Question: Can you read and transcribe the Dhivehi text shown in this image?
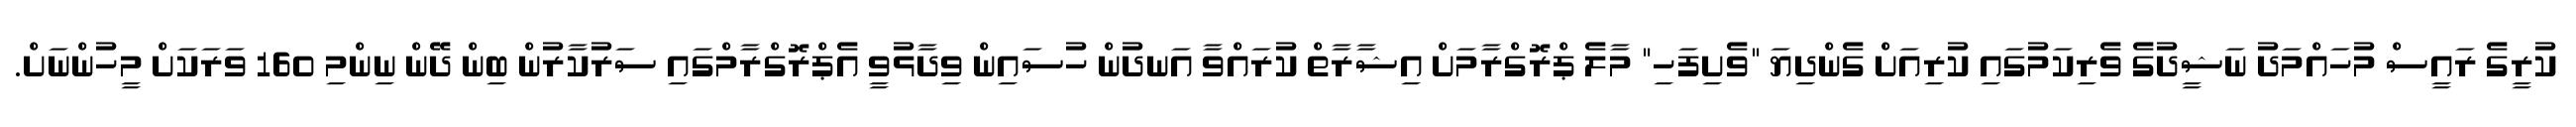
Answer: ކުރީގެ ރައީސް މުހައްމަދު ނަޝީދުގެ ވެރިކަމުގައި ކުރިއަށް ގެންދިޔަ "ވެށިފަހި" މާލެ ޕްރޮގްރާމަށް އިޝާރާތް ކުރައްވާ އަނދުން ހުސައިން ވިދާޅުވީ އެޕްރޮގްރާމްގައި ސަރުކާރުން ބިން ދޭން ނިންމި 160 ވަރަކަށް މީހުންނަށް.